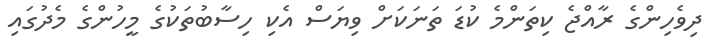
ދިވެހިންގެ ރާއްޖެ ކިތަންމެ ކުޑަ ތަނަކަށް ވިޔަސް އެކި ހިސާބުތަކުގެ މީހުންގެ މެދުގައި